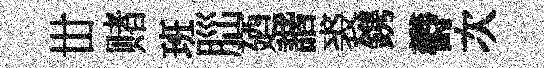
丗赌班𦛁廼諧裘鎸欎次